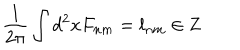
LaTeX: \frac 1 { 2 \pi } \int d ^ { 2 } x F _ { n m } = l _ { n m } \in { \bf Z }